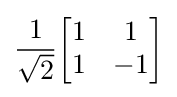
{\frac {1}{\sqrt {2}}}{\begin{bmatrix}1&1\\1&-1\end{bmatrix}}